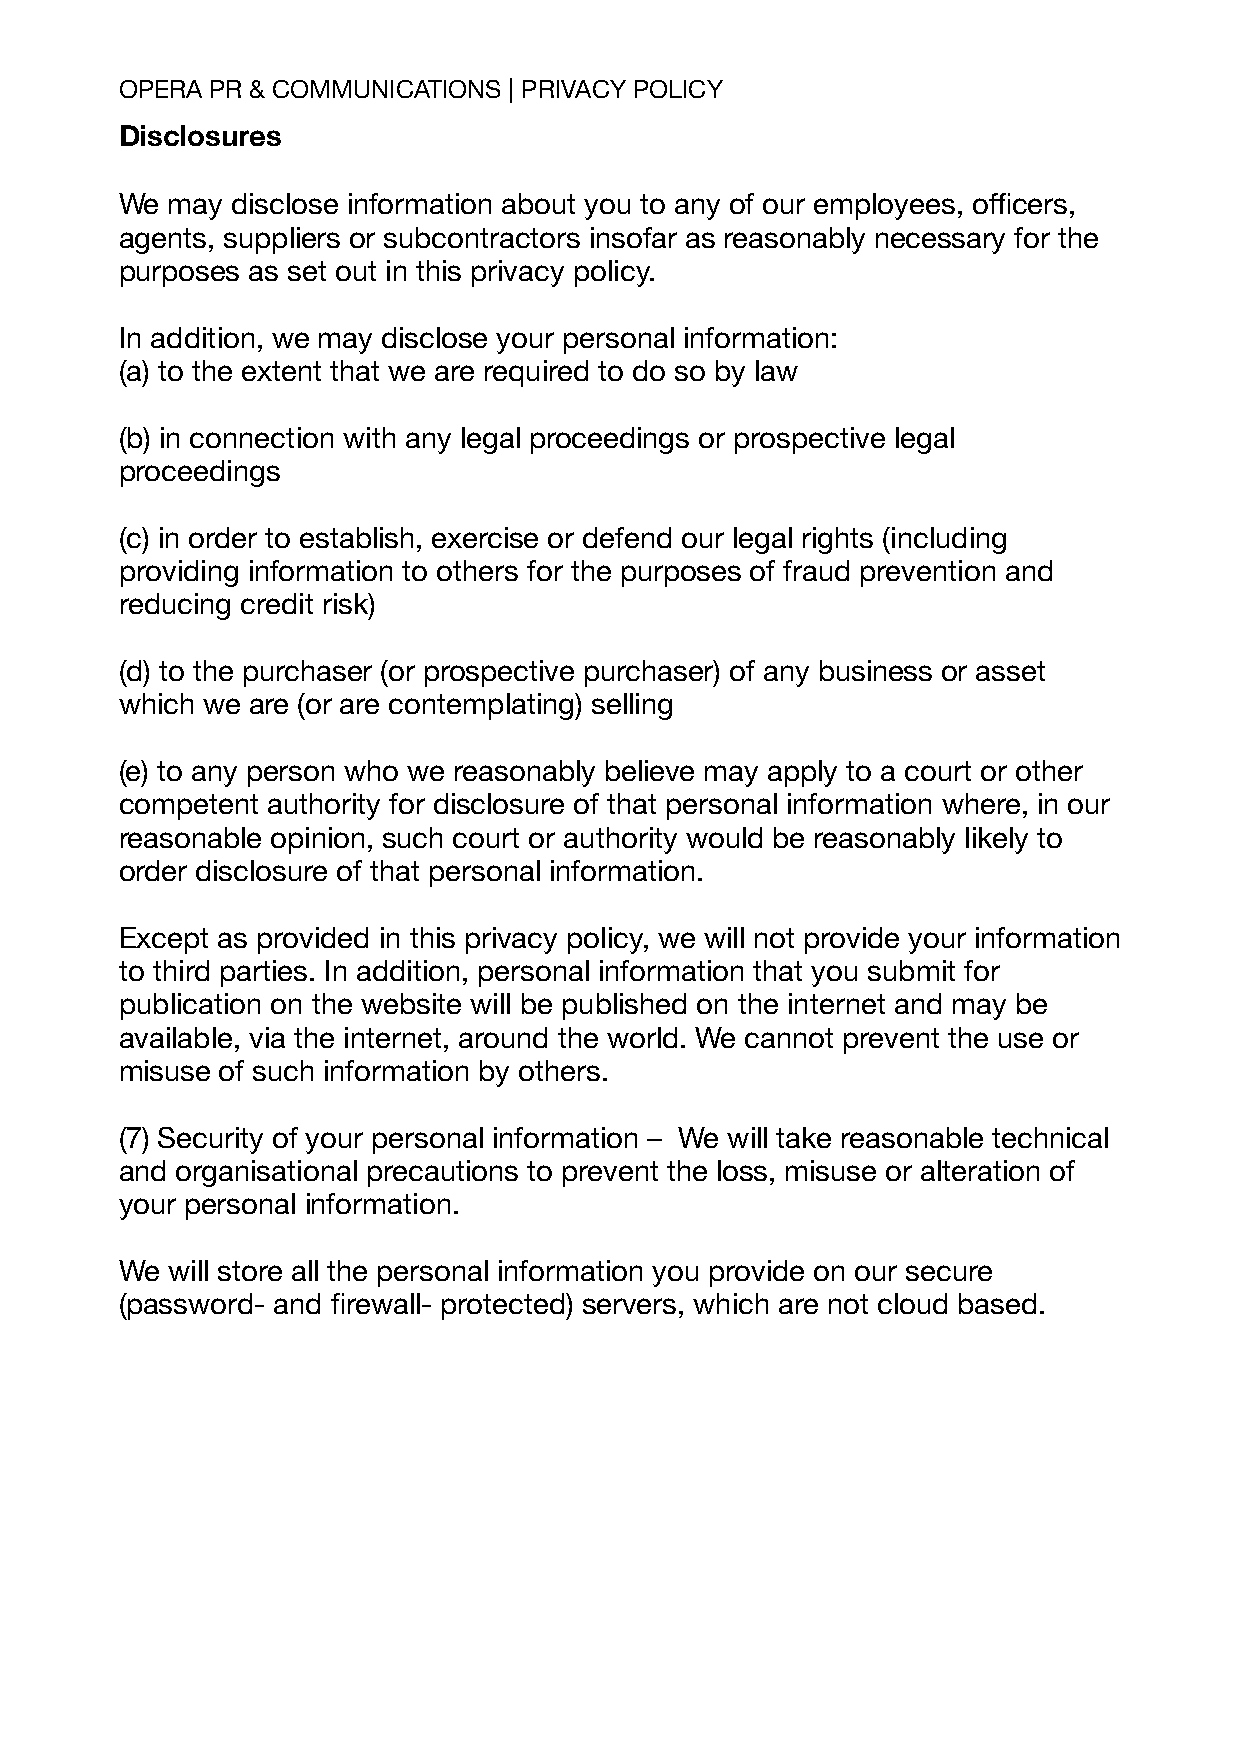
OPERA PR & COMMUNICATIONS | PRIVACY POLICY
 Disclosures
 We may disclose information about you to any of our employees, officers,
 agents, suppliers or subcontractors insofar as reasonably necessary for the
 purposes as set out in this privacy policy.
 In addition, we may disclose your personal information:
 (a) to the extent that we are required to do so by law
 (b) in connection with any legal proceedings or prospective legal
 proceedings
 (c) in order to establish, exercise or defend our legal rights (including
 providing information to others for the purposes of fraud prevention and
 reducing credit risk)
 (d) to the purchaser (or prospective purchaser) of any business or asset
 which we are (or are contemplating) selling
 (e) to any person who we reasonably believe may apply to a court or other
 competent authority for disclosure of that personal information where, in our
 reasonable opinion, such court or authority would be reasonably likely to
 order disclosure of that personal information.
 Except as provided in this privacy policy, we will not provide your information
 to third parties. In addition, personal information that you submit for
 publication on the website will be published on the internet and may be
 available, via the internet, around the world. We cannot prevent the use or
 misuse of such information by others.
 (7) Security of your personal information – We will take reasonable technical
 and organisational precautions to prevent the loss, misuse or alteration of
 your personal information.
 We will store all the personal information you provide on our secure
 (password- and firewall- protected) servers, which are not cloud based.